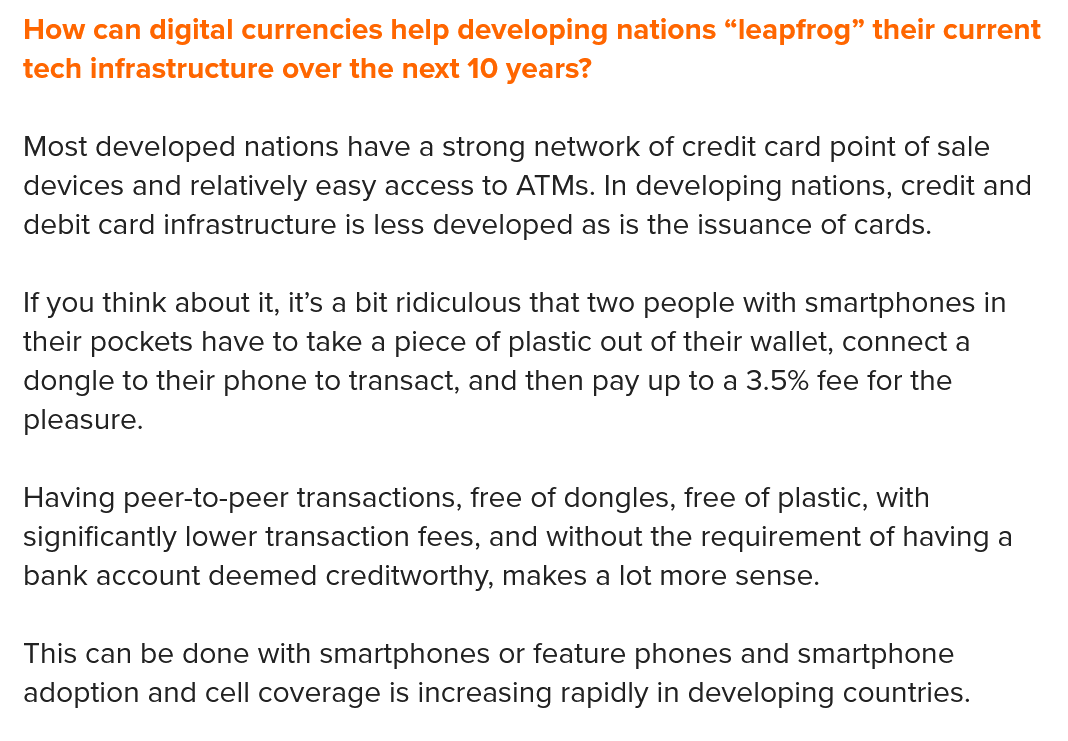
How can digital currencies help developing nations “leapfrog” their current
  tech infrastructure over the next 10 years?
  Most developed nations have a strong network of credit card point of sale
  devices and relatively easy access to ATMs. In developing nations, credit and
  debit card infrastructure is less developed as is the issuance of cards.
  If you think about it, it’s a bit ridiculous that two people with smartphones in
  their pockets have to take a piece of plastic out of their wallet, connect a
  dongle to their phone to transact, and then pay up to a 3.5% fee for the
  pleasure.
  Having peer-to-peer transactions, free of dongles, free of plastic, with
  significantly lower transaction fees, and without the requirement of having a
  bank account deemed  creditworthy, makes a lot more sense.
  This can be done with smartphones or feature phones and smartphone
  adoption and cell coverage is increasing rapidly in developing countries.